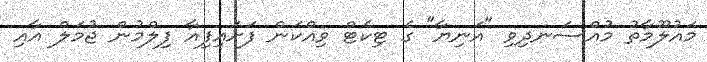
މައުލޫމާތު މުއްސަނދިވި "އަނިޔާ" ގެ ޓިކެޓް ވިއްކަން ފަށައިފިއާ ފިލްމުން ޖުމަލް އާއި